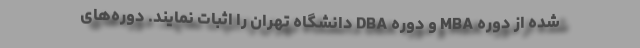
شده از دوره‌ MBA و دوره DBA دانشگاه تهران را اثبات نمایند. دوره‌های